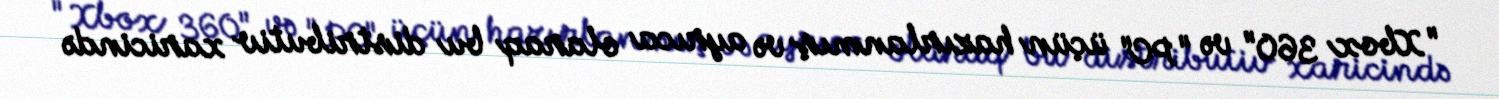
"Xbox 360" və "PC" üçün hazırlanmış və ayrıca olaraq bu distributiv xaricində